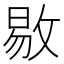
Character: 𫾻